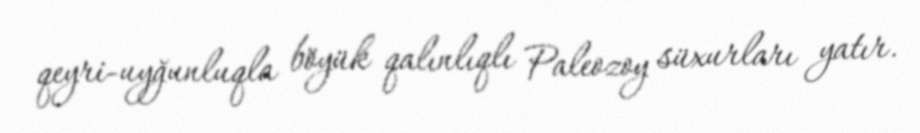
qeyri-uyğunluqla böyük qalınlıqlı Paleozoy süxurları yatır.